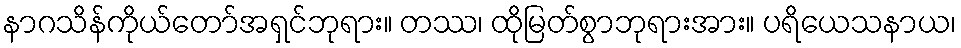
နာဂသိန်ကိုယ်တော်အရှင်ဘုရား။ တဿ၊ ထိုမြတ်စွာဘုရားအား။ ပရိယေသနာယ၊